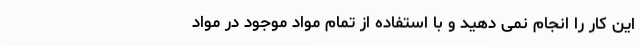
این کار را انجام نمی دهید و با استفاده از تمام مواد موجود در مواد